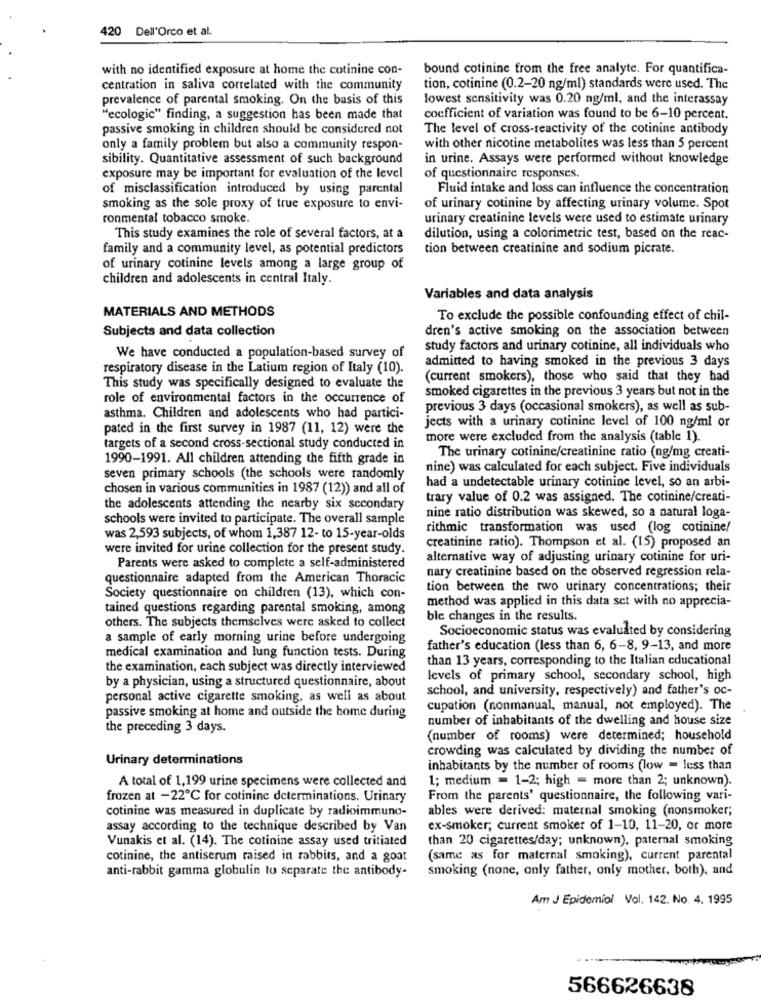
420 Dell'Orco et al.
with no identified exposure at home the cotinine con-
bound cotinine from the free analyte. For quantifica-
centration in saliva correlated with the community
tion, cotinine (0.2-20 ng/ml) standards were used. The
prevalence of parental smoking. On the basis of this
lowest sensitivity was 0.20 ng/ml, and the interassay
"ecologic" finding, a suggestion has been made that
coefficient of variation was found to be 6-10 percent.
passive smoking in children should be considered not
The level of cross-reactivity of the cotinine antibody
only a family problem but also a community respon-
with other nicotine metabolites was less than 5 percent
sibility. Quantitative assessment of such background
in urine. Assays were performed without knowledge
exposure may be important for evaluation of the level
of questionnaire responses.
of misclassification introduced by using parental
Fluid intake and loss can influence the concentration
smoking as the sole proxy of true exposure to envi-
of urinary cotinine by affecting urinary volume. Spot
ronmental tobacco smoke.
urinary creatinine levels were used to estimate urinary
This study examines the role of several factors, at a
dilution, using a colorimetric test, based on the reac-
family and a community level, as potential predictors
tion between creatinine and sodium picrate.
of urinary cotinine levels among a large group of
children and adolescents in central Italy.
Variables and data analysis
MATERIALS AND METHODS
To exclude the possible confounding effect of chil-
Subjects and data collection
dren's active smoking on the association between
study factors and urinary cotinine, all individuals who
We have conducted a population-based survey of
admitted to having smoked in the previous 3 days
respiratory disease in the Latium region of Italy (10).
(current smokers), those who said that they had
This study was specifically designed to evaluate the
smoked cigarettes in the previous 3 years but not in the
role of environmental factors in the occurrence of
previous 3 days (occasional smokers), as well as sub-
asthma. Children and adolescents who had partici-
jects with a urinary cotinine level of 100 ng/ml or
pated in the first survey in 1987 (11, 12) were the
more were excluded from the analysis (table 1).
targets of a second cross-sectional study conducted in
1990-1991. All children attending the fifth grade in
The urinary cotinine/creatinine ratio (ng/mg creati-
nine) was calculated for each subject. Five individuals
seven primary schools (the schools were randomly
had a undetectable urinary cotinine level, so an arbi-
chosen in various communities in 1987 (12)) and all of
trary value of 0.2 was assigned. The cotinine/creati-
the adolescents attending the nearby six secondary
schools were invited to participate. The overall sample
nine ratio distribution was skewed, so a natural loga-
rithmic transformation was used (log cotinine/
was 2,593 subjects, of whom 1,387 12- to 15-year-olds
were invited for urine collection for the present study.
creatinine ratio). Thompson et al. (15) proposed an
alternative way of adjusting urinary cotinine for uri-
Parents were asked to complete a self-administered
nary creatinine based on the observed regression rela-
questionnaire adapted from the American Thoracic
tion between the two urinary concentrations; their
Society questionnaire on children (13), which con-
method was applied in this data set with no apprecia-
tained questions regarding parental smoking, among
others. The subjects themselves were asked to collect
ble changes in the results.
Socioeconomic status was evaluated by considering
a sample of early morning urine before undergoing
father's education (less than 6, 6-8, 9-13, and more
medical examination and lung function tests. During
than 13 years, corresponding to the Italian educational
the examination, each subject was directly interviewed
by a physician, using a structured questionnaire, about
levels of primary school, secondary school, high
school, and university, respectively) and father's oc-
personal active cigarette smoking, as well as about
passive smoking at home and outside the home during
cupation (nonmanual, manual, not employed). The
number of inhabitants of the dwelling and house size
the preceding 3 days.
(number of rooms) were determined; household
crowding was calculated by dividing the number of
Urinary determinations
inhabitants by the number of rooms (low = less than
1; medium = 1-2; high = more than 2; unknown).
A total of 1,199 urine specimens were collected and
frozen at -22℃ for cotinine determinations. Urinary
From the parents' questionnaire, the following vari-
cotinine was measured in duplicate by radioimmuno-
ables were derived: maternal smoking (nonsmoker;
assay according to the technique described by Van
ex-smoker; current smoker of 1-10, 11-20, or more
Vunakis et al. (14). The cotinine assay used tritiated
than 20 cigarettes/day; unknown), paternal smoking
cotinine, the antiserum raised in rabbits, and a goat
(same as for maternal smoking), current parental
anti-rabbit gamma globulin to separate the antibody-
smoking (none, only father, only mother, both), and
Am J Epidemiol Vol. 142, No. 4. 1995
566626638